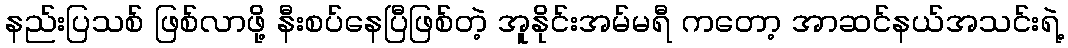
နည်းပြသစ် ဖြစ်လာဖို့ နီးစပ်နေပြီဖြစ်တဲ့ အူနိုင်းအမ်မရီ ကတော့ အာဆင်နယ်အသင်းရဲ့